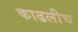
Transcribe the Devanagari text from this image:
काढलीच